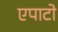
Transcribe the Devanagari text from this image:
एपाटो